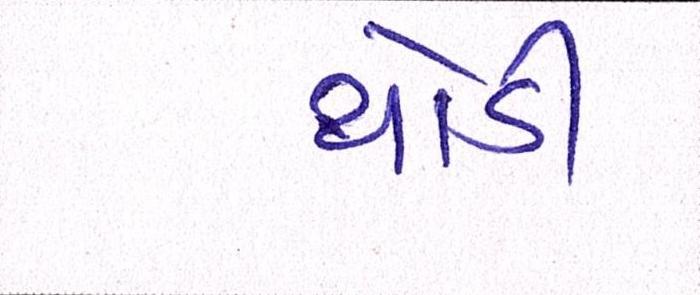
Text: થોડી